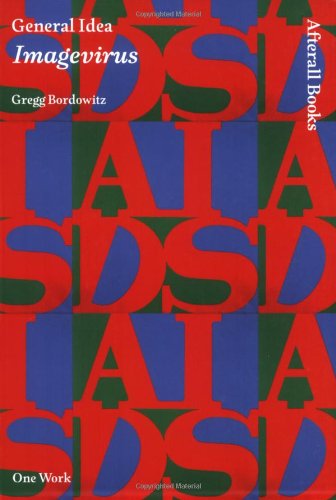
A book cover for General Idea: Imagevirus (AFTERALL); Gregg Bordowitz; Arts & Photography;